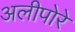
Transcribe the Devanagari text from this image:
अलीपोरे